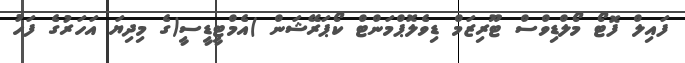
ފައިލް ފޮޓޯ މޯލްޑިވްސް ޓޫރިޒަމް ޑިވެލޮޕްމަންޓް ކޯޕަރޭޝަން )އެމްޓީޑީސީ(ގެ މިދިޔަ އަހަރުގެ ފަހު